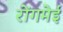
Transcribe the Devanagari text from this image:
रोंगमेई